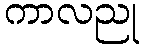
ကာလညု